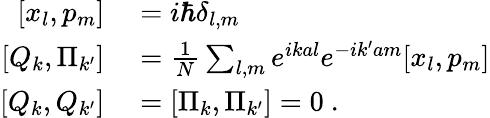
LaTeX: \begin{array}{rl}{\left[x_{l},p_{m}\right]}&{{}=i\hbar\delta_{l,m}}\\ {\left[Q_{k},\Pi_{k^{\prime}}\right]}&{{}={\frac{1}{N}}\sum_{l,m}e^{ikal}e^{-ik^{\prime}am}[x_{l},p_{m}]}\\ {\left[Q_{k},Q_{k^{\prime}}\right]}&{{}=\left[\Pi_{k},\Pi_{k^{\prime}}\right]=0~.}\end{array}